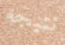
نتيجه